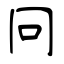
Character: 冋